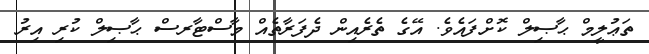
ތަޢުލީމް ޙާޞިލް ކޮށްފައެވެ. އޭގެ ތެރެއިން ދެފަރާތެއް މާސްޓާރސް ޙާޞިލް ކުރި އިރު